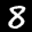
Label: 8